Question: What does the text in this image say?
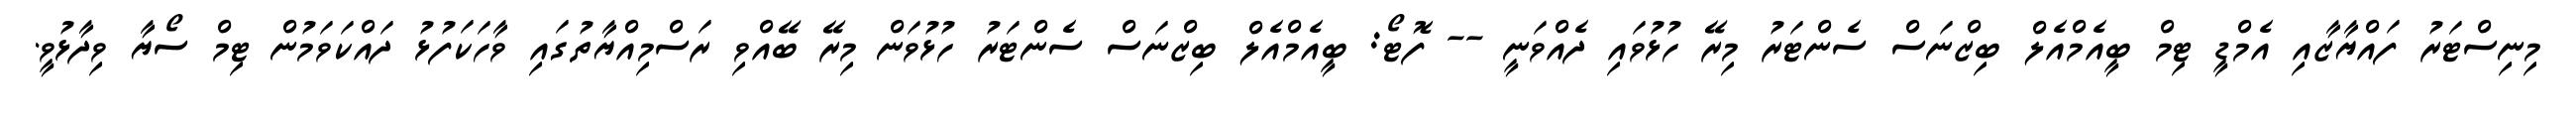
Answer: މިނިސްޓަރު ފައްޔާޒާއި އެމްޑީ ޓިމް ބީއެމްއެލް ބިޒްނަސް ސެންޓަރު މިރޭ ހުޅުވައި ދެއްވަނީ -- ފޮޓޯ: ބީއެމްއެލް ބިޒްނަސް ސެންޓަރު ހުޅުވަން މިރޭ ބޭއްވި ރަސްމިއްޔާތުގައި ވާހަކަފުޅު ދައްކަވަމުން ޓިމް ސޯޔާ ވިދާޅުވީ.